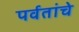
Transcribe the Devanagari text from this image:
पर्वतांचे